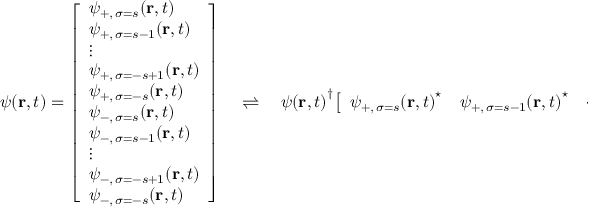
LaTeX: \psi ( \mathbf { r } , t ) = { \left[ \begin{array} { l } { \psi _ { + , \, \sigma = s } ( \mathbf { r } , t ) } \\ { \psi _ { + , \, \sigma = s - 1 } ( \mathbf { r } , t ) } \\ { \vdots } \\ { \psi _ { + , \, \sigma = - s + 1 } ( \mathbf { r } , t ) } \\ { \psi _ { + , \, \sigma = - s } ( \mathbf { r } , t ) } \\ { \psi _ { - , \, \sigma = s } ( \mathbf { r } , t ) } \\ { \psi _ { - , \, \sigma = s - 1 } ( \mathbf { r } , t ) } \\ { \vdots } \\ { \psi _ { - , \, \sigma = - s + 1 } ( \mathbf { r } , t ) } \\ { \psi _ { - , \, \sigma = - s } ( \mathbf { r } , t ) } \end{array} \right] } \quad \rightleftharpoons \quad { \psi ( \mathbf { r } , t ) } ^ { \dagger } { \left[ \begin{array} { l l l l } { { \psi _ { + , \, \sigma = s } ( \mathbf { r } , t ) } ^ { \star } } & { { \psi _ { + , \, \sigma = s - 1 } ( \mathbf { r } , t ) } ^ { \star } } & { \cdots } & { { \psi _ { - , \, \sigma = - s } ( \mathbf { r } , t ) } ^ { \star } } \end{array} \right] }